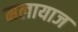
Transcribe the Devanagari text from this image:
मलायाज